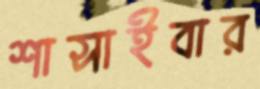
শাসাইবার